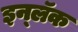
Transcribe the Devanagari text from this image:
इन्लॅक